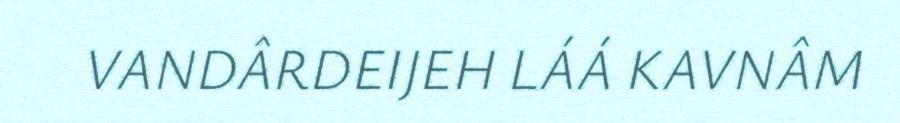
VANDÂRDEIJEH LÁÁ KAVNÂM